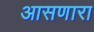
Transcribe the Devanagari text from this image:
आसणारा